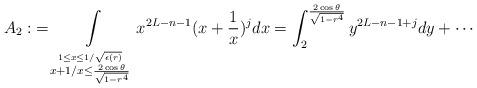
LaTeX: \begin{align*} A_2:&=\int\limits_{\stackrel{1 \leq x\leq 1/\sqrt{\epsilon(r)}}{x+1/x\leq \frac{2\cos\theta}{\sqrt{1-r^4}}}} x^{2L-n-1}(x+\frac 1x)^j dx =\int_2^{\frac{2\cos\theta}{\sqrt{1-r^4}}} y^{2L-n-1+j} dy+\cdots\end{align*}